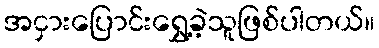
အငှားပြောင်းရွှေ့ခဲ့သူဖြစ်ပါတယ်။